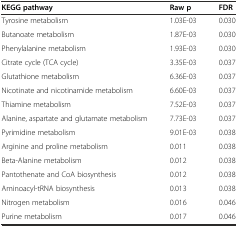
| KEGG pathway | Raw p | FDR |
 | --- | --- | --- |
 | Tyrosine metabolism | 1.03E-03 | 0.030 |
 | Butanoate metabolism | 1.87E-03 | 0.030 |
 | Phenylalanine metabolism | 1.93E-03 | 0.030 |
 | Citrate cycle (TCA cycle) | 3.35E-03 | 0.037 |
 | Glutathione metabolism | 6.36E-03 | 0.037 |
 | Nicotinate and nicotinamide metabolism | 6.60E-03 | 0.037 |
 | Thiamine metabolism | 7.52E-03 | 0.037 |
 | Alanine, aspartate and glutamate metabolism | 7.73E-03 | 0.037 |
 | Pyrimidine metabolism | 9.01E-03 | 0.038 |
 | Arginine and proline metabolism | 0.011 | 0.038 |
 | Beta-Alanine metabolism | 0.012 | 0.038 |
 | Pantothenate and CoA biosynthesis | 0.012 | 0.038 |
 | Aminoacyl-tRNA biosynthesis | 0.013 | 0.038 |
 | Nitrogen metabolism | 0.016 | 0.046 |
 | Purine metabolism | 0.017 | 0.046 |